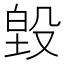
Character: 𭮵